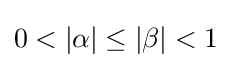
0<|\alpha |\leq |\beta |<1